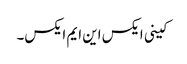
کینی ایکس این ایم ایکس۔